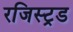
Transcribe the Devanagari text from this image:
रजिस्ट्रड